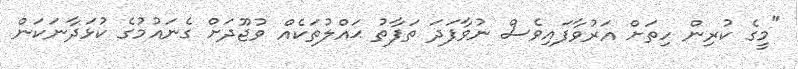
"މީގެ ކުރިން ހިތަށް އަރުވާފައިވެސް ނުވާފަދަ ތަފާތު ޙައްލުތަކެއް ވުޖޫދަށް ގެނައުމުގެ ކުޅަދާނަކަން